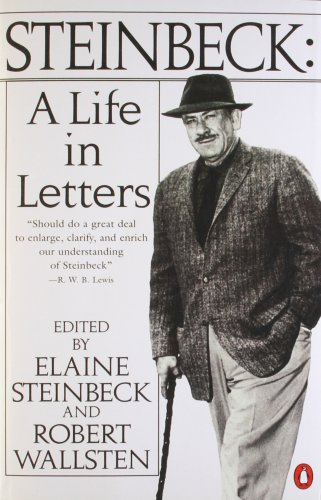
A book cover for Steinbeck: A Life in Letters; John Steinbeck; Literature & Fiction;